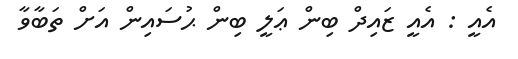
އެއީ : އެއީ ޒައިދް ބިން ޢަލީ ބިން ޙުސައިން އަށް ތަބާވާ